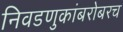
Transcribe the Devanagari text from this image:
निवडणुकांबरोबरच